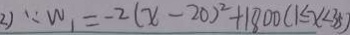
2 ) \because W _ { 1 } = - 2 ( x - 2 0 ) ^ { 2 } + 1 8 0 0 ( 1 \leq x < 3 5 )